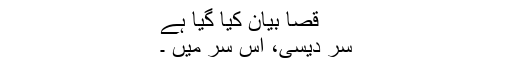
قصا بیان کیا گیا ہے
سر دیسی، اس سر میں ۔